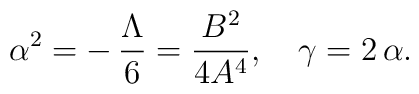
\alpha^2 = -\,\frac{\Lambda}{6} = \frac{B^2}{4A^4}  , \ \ \ \gamma = 2\,\alpha .